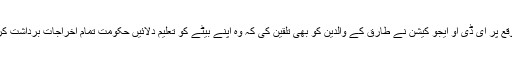
اس موقع پر ای ڈی او ایجو کیشن نے طارق کے والدین کو بھی تلقین کی کہ وہ اپنے بیٹے کو تعلیم دلائیں حکومت تمام اخراجات برداشت کریگی۔